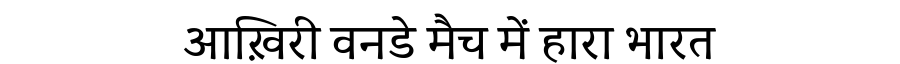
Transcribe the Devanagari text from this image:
आख़िरी वनडे मैच में हारा भारत